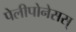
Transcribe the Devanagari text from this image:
पेलीपोनेसस्‌